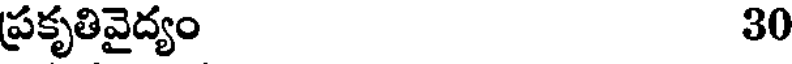
ప్రకృతివైద్యం 30